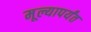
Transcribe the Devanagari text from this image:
मूल्यापर्यंत